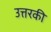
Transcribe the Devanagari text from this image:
उत्तरकी